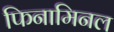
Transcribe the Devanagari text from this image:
फिनामिनल